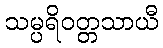
သမ္ပရိဝတ္တသာယီ